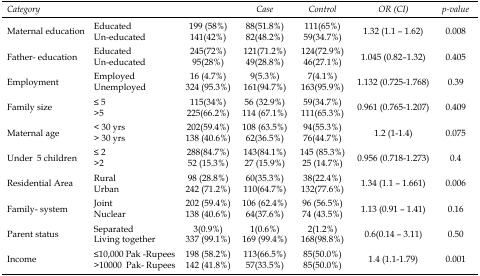
<table><thead><tr><td colspan="3"><b><i>Category</i></b></td><td><b><i>Case</i></b></td><td><b><i>Control</i></b></td><td><b><i>OR (CI)</i></b></td><td><b><i>p-value</i></b></td></tr></thead><tbody><tr><td rowspan="2">Maternal education</td><td>Educated</td><td>199 (58%)</td><td>88(51.8%)</td><td>111(65%)</td><td rowspan="2">1.32 (1.1 – 1.62)</td><td rowspan="2">0.008</td></tr><tr><td>Un-educated</td><td>141(42%)</td><td>82(48.2%)</td><td>59(34.7%)</td></tr><tr><td rowspan="2">Father- education</td><td>Educated</td><td>245(72%)</td><td>121(71.2%)</td><td>124(72.9%)</td><td rowspan="2">1.045 (0.82–1.32)</td><td rowspan="2">0.405</td></tr><tr><td>Un-educated</td><td>95(28%)</td><td>49(28.8%)</td><td>46(27.1%)</td></tr><tr><td rowspan="2">Employment</td><td>Employed</td><td>16 (4.7%)</td><td>9(5.3%)</td><td>7(4.1%)</td><td rowspan="2">1.132 (0.725-1.768)</td><td rowspan="2">0.39</td></tr><tr><td>Unemployed</td><td>324 (95.3%)</td><td>161(94.7%)</td><td>163(95.9%)</td></tr><tr><td rowspan="2">Family size</td><td>≤ 5</td><td>115(34%)</td><td>56 (32.9%)</td><td>59(34.7%)</td><td rowspan="2">0.961 (0.765-1.207)</td><td rowspan="2">0.409</td></tr><tr><td>&gt;5</td><td>225(66.2%)</td><td>114 (67.1%)</td><td>111(65.3%)</td></tr><tr><td rowspan="2">Maternal age</td><td>&lt; 30 yrs</td><td>202(59.4%)</td><td>108 (63.5%)</td><td>94(55.3%)</td><td rowspan="2">1.2 (1-1.4)</td><td rowspan="2">0.075</td></tr><tr><td>&gt; 30 yrs</td><td>138 (40.6%)</td><td>62(36.5%)</td><td>76(44.7%)</td></tr><tr><td rowspan="2">Under 5 children</td><td>≤ 2</td><td>288(84.7%)</td><td>143(84.1%)</td><td>145 (85.3%)</td><td rowspan="2">0.956 (0.718-1.273)</td><td rowspan="2">0.4</td></tr><tr><td>&gt;2</td><td>52 (15.3%)</td><td>27 (15.9%)</td><td>25 (14.7%)</td></tr><tr><td rowspan="2">Residential Area</td><td>Rural</td><td>98 (28.8%)</td><td>60(35.3%)</td><td>38(22.4%)</td><td rowspan="2">1.34 (1.1 – 1.661)</td><td rowspan="2">0.006</td></tr><tr><td>Urban</td><td>242 (71.2%)</td><td>110(64.7%)</td><td>132(77.6%)</td></tr><tr><td rowspan="2">Family- system</td><td>Joint</td><td>202 (59.4%)</td><td>106 (62.4%)</td><td>96 (56.5%)</td><td rowspan="2">1.13 (0.91 – 1.41)</td><td rowspan="2">0.16</td></tr><tr><td>Nuclear</td><td>138 (40.6%)</td><td>64(37.6%)</td><td>74 (43.5%)</td></tr><tr><td rowspan="2">Parent status</td><td>Separated</td><td>3(0.9%)</td><td>1(0.6%)</td><td>2(1.2%)</td><td rowspan="2">0.6(0.14 – 3.11)</td><td rowspan="2">0.50</td></tr><tr><td>Living together</td><td>337 (99.1%)</td><td>169 (99.4%)</td><td>168(98.8%)</td></tr><tr><td rowspan="2">Income</td><td>≤10,000 Pak -Rupees</td><td>198 (58.2%)</td><td>113(66.5%)</td><td>85(50.0%)</td><td rowspan="2">1.4 (1.1-1.79)</td><td rowspan="2">0.001</td></tr><tr><td>&gt;10000 Pak- Rupees</td><td>142 (41.8%)</td><td>57(33.5%)</td><td>85(50.0%)</td></tr></tbody></table>